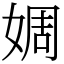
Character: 婤